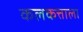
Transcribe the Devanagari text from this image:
कलकत्ताला